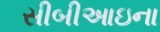
સીબીઆઇના